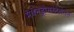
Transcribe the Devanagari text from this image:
मेथेनड्रोसस्टेनोलेन